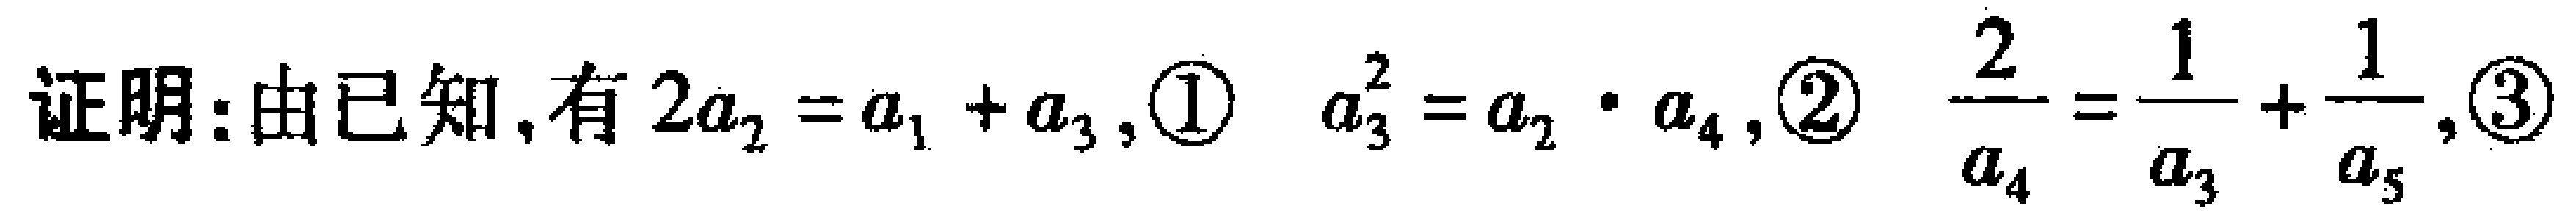
证明：由已知，有 \(2a_{2}=a_{1} + a_{3},\textcircled{1}\) \(a_{3}^{2}=a_{2}\cdot a_{4},\textcircled{2}\) \(\frac{2}{a_{4}}=\frac{1}{a_{3}}+\frac{1}{a_{5}},\textcircled{3}\)